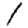
Digit: 1